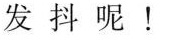
发抖呢！